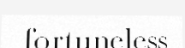
fortuneless